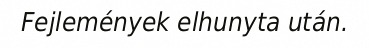
Fejlemények elhunyta után.